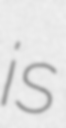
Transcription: is